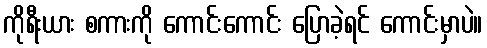
ကိုရီးယား စကားကို ကောင်းကောင်း ပြောခဲ့ရင် ကောင်းမှာပဲ။